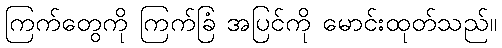
ကြက်တွေကို ကြက်ခြံ အပြင်ကို မောင်းထုတ်သည်။